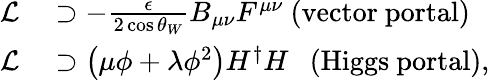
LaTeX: \begin{array}{rl}{\mathcal{L}}&{{}\supset-\frac{\epsilon}{2\cos\theta_{W}}B_{\mu\nu}F^{\mu\nu}\ \mathrm{(vector\ portal)}}\\ {\mathcal{L}}&{{}\supset\left(\mu\phi+\lambda\phi^{2}\right)H^{\dagger}H\ \ \ \mathrm{(Higgs\ portal)},}\end{array}